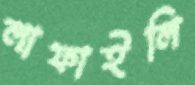
লাফাইলি